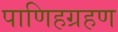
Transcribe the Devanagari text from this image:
पाणिहग्रहण